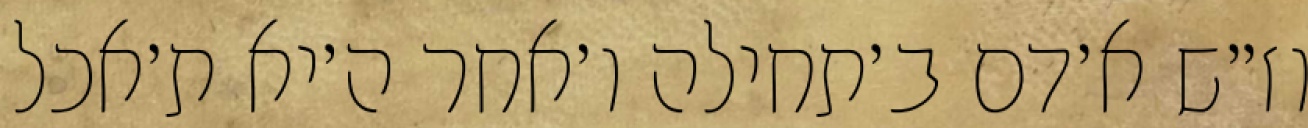
וז״ש א׳דם ב׳תחילה ו׳אחר ה׳יא ת׳אכל